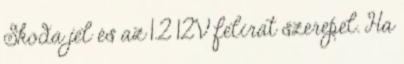
Skoda jel és az 1.2 12V felirat szerepel. Ha